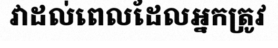
វាដល់ពេលដែលអ្នកត្រូវ